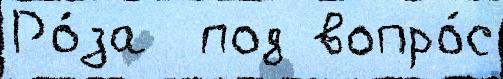
Ро́за  под вопро́с